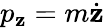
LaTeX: p_{\mathbf{z}}=m{\dot{{\mathbf{z}}}}